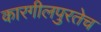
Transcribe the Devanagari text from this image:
कारगीलपुरतेच